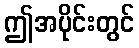
ဤအပိုင်းတွင်